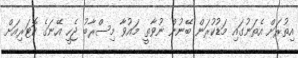
އިތުރަށް އެތަނުގައި މަޑުކުރަން ބޭނުން ނުވާތީ މައުވާ މިސްރާބު ޖެހީ އޭނަގެ ކޮޓަރިއަށް